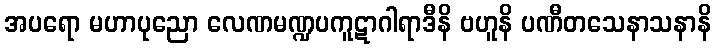
အပရော မဟာပုညော လေဏမဏ္ဍပကူဋာဂါရာဒီနိ ဗဟူနိ ပဏီတသေနာသနာနိ